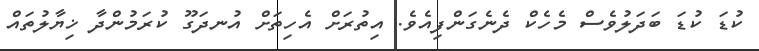
ކުޑަ ކުޑަ ބަދަލުވެސް މެހެކް ދެނެގަންފިއެވެ. އިތުރަށް އެހިތަށް އުނދަގޫ ކުރަމުންދާ ޚިޔާލުތައް